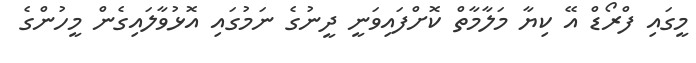
މީގައި ފްރޯޑް އޭ ކިޔާ މަލާމާތް ކޮށްފައިވަނީ ދީނުގެ ނަމުގައި އޮޅުވާލައިގެން މީހުންގެ